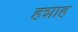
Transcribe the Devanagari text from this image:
हन्नाह